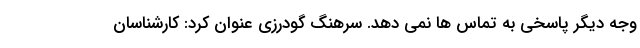
وجه دیگر پاسخی به تماس ها نمی دهد. سرهنگ گودرزی عنوان کرد: کارشناسان